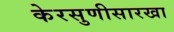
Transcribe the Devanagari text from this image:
केरसुणीसारखा